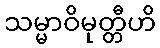
သမ္မာဝိမုတ္တီဟိ